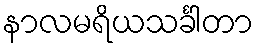
နာလမရိယသင်္ခါတာ